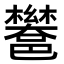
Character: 𮠏